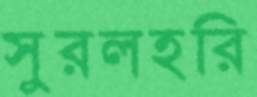
সুরলহরি